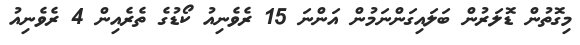
މިގޮތުން ޑޮލަރުން ބަލައިގަންނަމުން އަންނަ 15 ރެވެނިއު ކޯޑުގެ ތެރެއިން 4 ރެވެނިއު